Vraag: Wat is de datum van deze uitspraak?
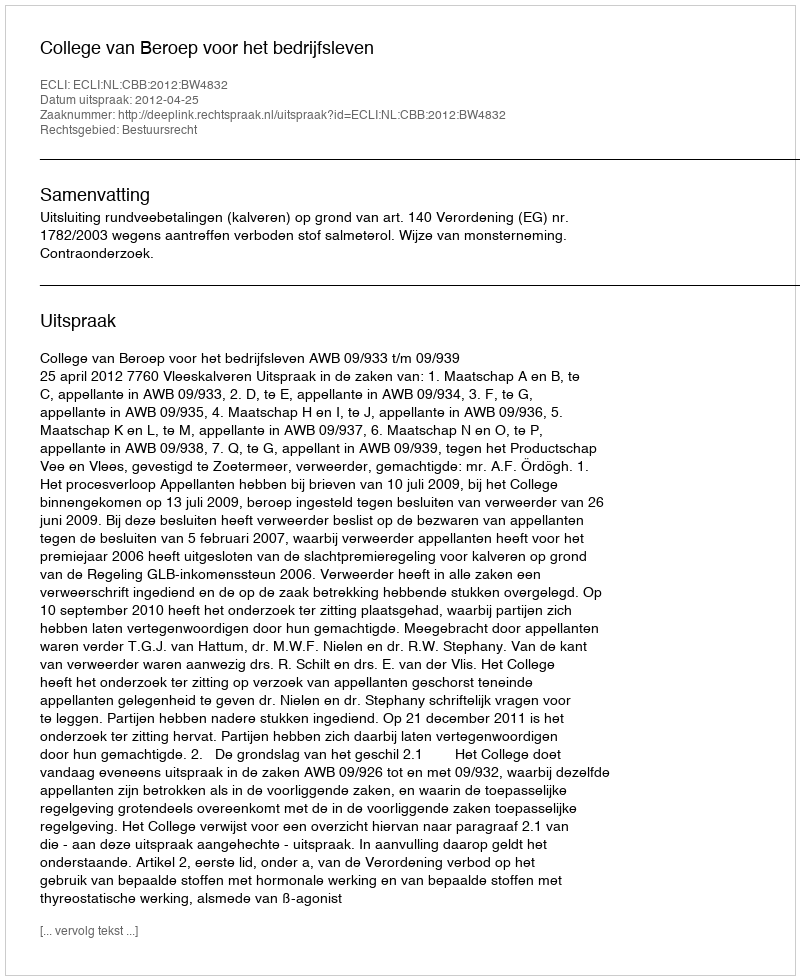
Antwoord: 2012-04-25